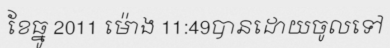
ខែធ្នូ 2011 ម៉ោង 11:49បានដោយចូលទៅ